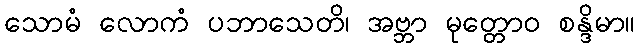
သောမံ လောကံ ပဘာသေတိ၊ အဗ္ဘာ မုတ္တောဝ စန္ဒိမာ။